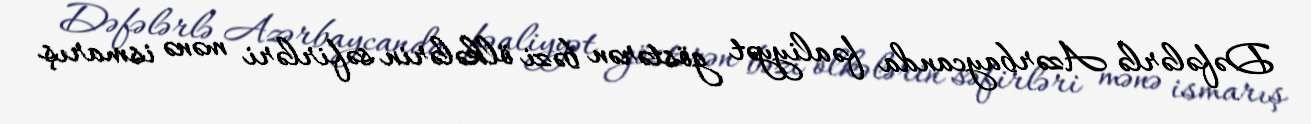
Dəfələrlə Azərbaycanda fəaliyyət göstərən bəzi ölkələrin səfirləri mənə ismarış